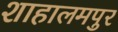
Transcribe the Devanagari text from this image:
शाहालमपुर